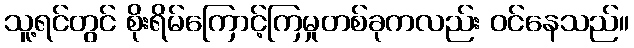
သူ့ရင်တွင် စိုးရိမ်ကြောင့်ကြမှုတစ်ခုကလည်း ဝင်နေသည်။